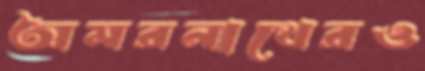
অমরনাথেরও